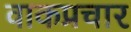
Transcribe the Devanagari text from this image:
वाकप्रचार